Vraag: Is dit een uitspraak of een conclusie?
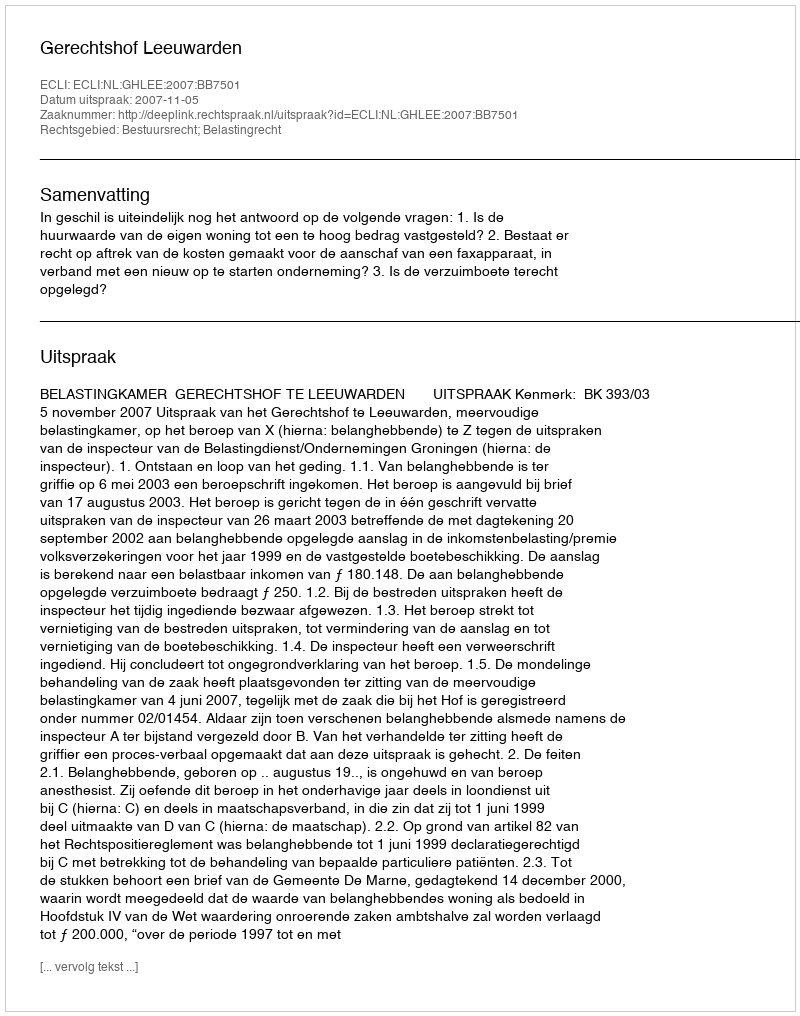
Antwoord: Uitspraak